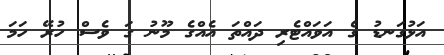
އަޅުގަނޑު ގެ އަވައްޓެރި ދައްތަ އެއްގެ މޫނު ގަ ވެސް ހުރޭ ހަމަ